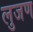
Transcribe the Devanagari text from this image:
लुजण